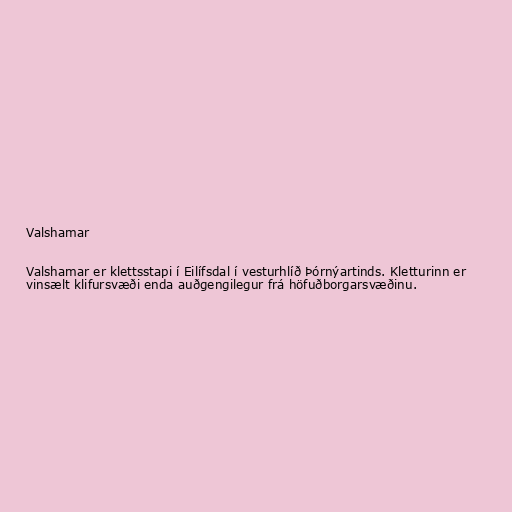
Valshamar

Valshamar er klettsstapi í Eilífsdal í vesturhlíð Þórnýartinds. Kletturinn er
vinsælt klifursvæði enda auðgengilegur frá höfuðborgarsvæðinu.